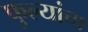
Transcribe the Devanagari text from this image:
फुल्यांचा